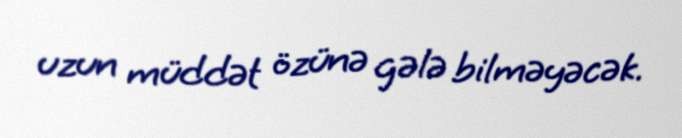
uzun müddət özünə gələ bilməyəcək.